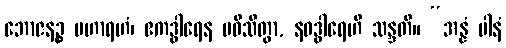
ဘောဇနဉ္စ မဟာရဟံ၊ ဧကဒွါရေန ပဝိသိတွာ, နဝဒွါရေဟိ သန္ဒတိ။ “အန္နံ ပါနံ